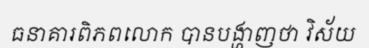
ធនាគារពិភពលោក បានបង្ហាញថា វិស័យ